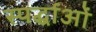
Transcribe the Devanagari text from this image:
स्पर्द्धाओं